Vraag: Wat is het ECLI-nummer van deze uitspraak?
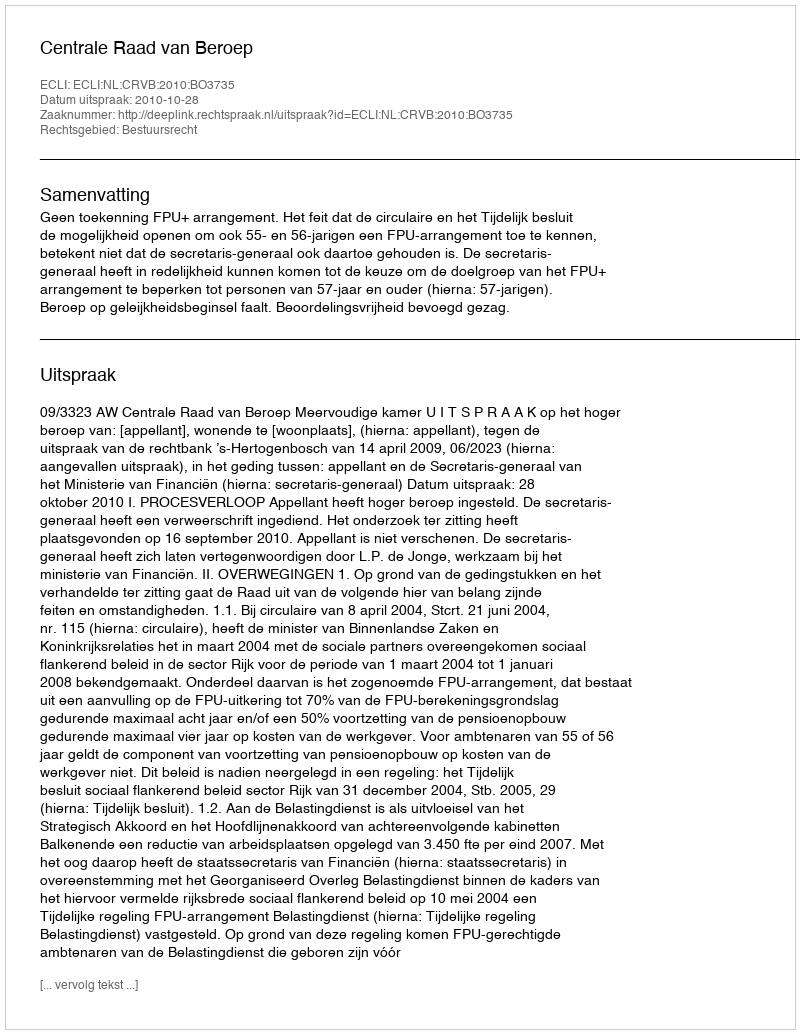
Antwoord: ECLI:NL:CRVB:2010:BO3735